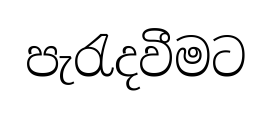
පැරැදවීමට